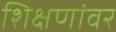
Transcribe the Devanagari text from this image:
शिक्षणांवर